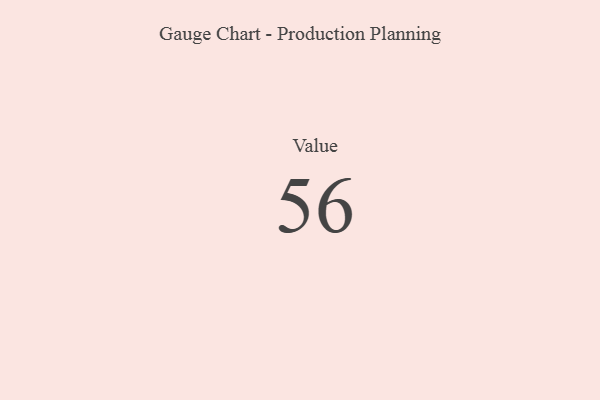
{"axis": {"x": "Metric", "y": "Value"}, "legend": [""], "data": [{"x": "Value", "y": 56, "type": ""}]}